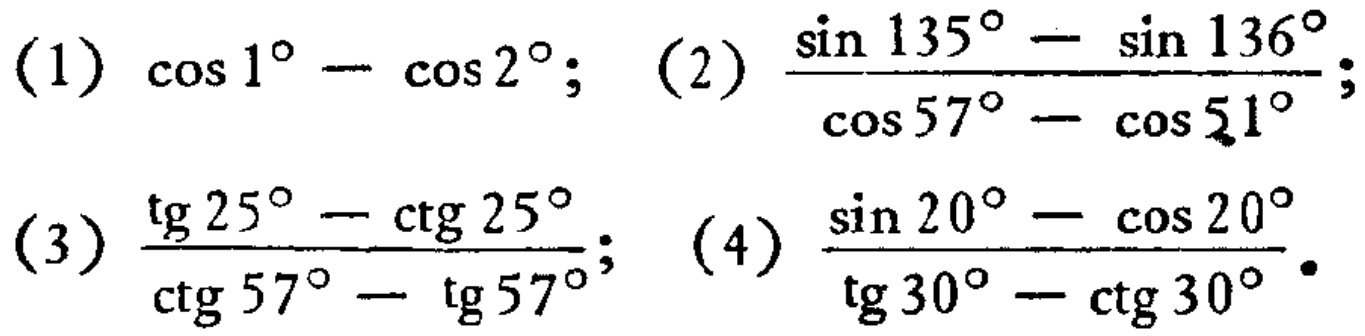
(1) \(\cos 1^{\circ}-\cos 2^{\circ}\); (2) \(\frac{\sin 135^{\circ}-\sin 136^{\circ}}{\cos 57^{\circ}-\cos 51^{\circ}}\);
(3) \(\frac{\text{tg} 25^{\circ}-\text{ctg} 25^{\circ}}{\text{ctg} 57^{\circ}-\text{tg} 57^{\circ}}\); (4) \(\frac{\sin 20^{\circ}-\cos 20^{\circ}}{\text{tg} 30^{\circ}-\text{ctg} 30^{\circ}}\)